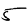
Digit: 5